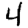
Digit: 4